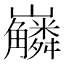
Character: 𡿑